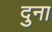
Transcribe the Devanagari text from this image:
दुना